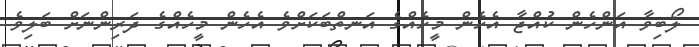
ލޯބިވާ އަންހެން ކުއްޖާ އެހެން މީހެއްގެ އަނތްބަކަށްވެ އެހެން މީހެއްގެ ދަރިންނަށް ބަލިވެ